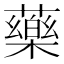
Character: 藥